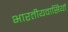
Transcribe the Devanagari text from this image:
भारतीयवासियों